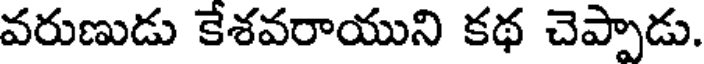
వరుణుడు కేశవరాయుని కథ చెప్పాడు.